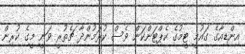
އިންޑިއާގެ ގައުމީ ޓީމުގެ ކެޕްޓަންކަން ވެސް ކުރަމުންދާ ޗެތުރީ ވަނީ މީގެ ކުރިން